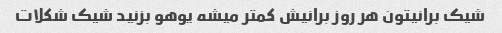
شیک برانیتون هر روز برانیش کمتر میشه یوهو بزنید شیک شکلات